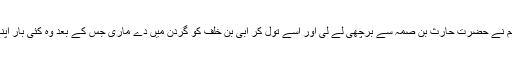
آپ صلی اللہ علیہ وسلم نے حضرت حارث بن صمہ سے برچھی لے لی اور اسے تول کر ابی بن خلف کو گردن میں دے ماری جس کے بعد وہ کئی بار اپنے گھوڑے سے گرا ۔